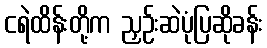
ငရဲထိန်းတို့က ညှဉ်းဆဲပုံပြဆိုခန်း